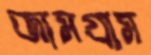
জামগ্রাম